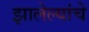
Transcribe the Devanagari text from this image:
झालेल्यांचे